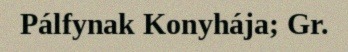
Pálfynak Konyhája; Gr.